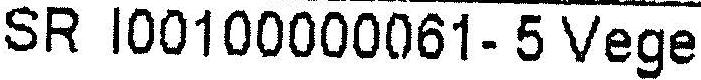
SR I00100000061- 5 VEGE